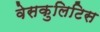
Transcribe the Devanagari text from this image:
वेसकुलिटिस